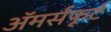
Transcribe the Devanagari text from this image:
अॅमर्सफूर्ट